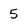
Character: 5